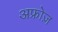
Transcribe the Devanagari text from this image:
अफ्रोज़